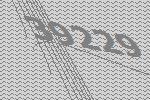
39229